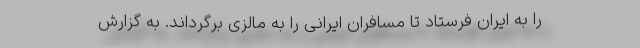
را به ایران فرستاد تا مسافران ایرانی را به مالزی برگرداند. به گزارش